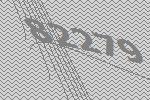
82279